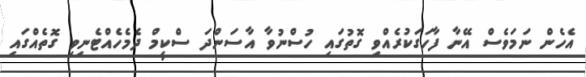
އެހެން ނަމަވެސް އޭނާ ފާހަގަކުރެއްވި ގޮތުގައި ހުސްނުވާ އާސަންދަ ސްކީމް ދެމެހެއްޓެނިވި ގޮތެއްގައި